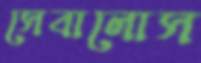
সেবালোস